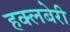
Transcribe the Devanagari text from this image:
हक्लबेरी